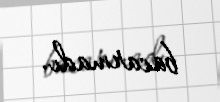
bacarmadı.